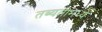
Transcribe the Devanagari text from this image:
तब्यतीमध्ये